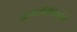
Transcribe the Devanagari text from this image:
अमरसिरिवर्दने